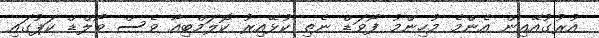
އުރުގުއޭއިން އެންމެ މުހިންމު ފޯވަޑް ނެތި ކުޅޭއިރު ކޮލަމްބިއާ ވެސް ވޯލްޑް ކަޕުގައި